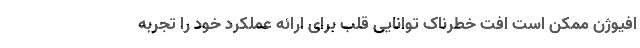
افیوژن ممکن است افت خطرناک توانایی قلب برای ارائه عملکرد خود را تجربه